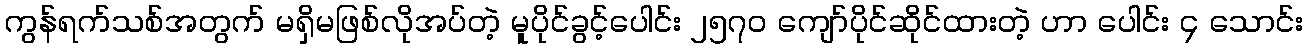
ကွန်ရက်သစ်အတွက် မရှိမဖြစ်လိုအပ်တဲ့ မူပိုင်ခွင့်ပေါင်း ၂၅၇၀ ကျော်ပိုင်ဆိုင်ထားတဲ့ ဟာ ပေါင်း ၄ သောင်း